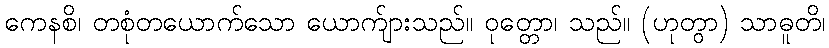
ကေနစိ၊ တစုံတယောက်သော ယောက်ျားသည်။ ဝုတ္တော၊ သည်။ (ဟုတွာ) သာဓူတိ၊